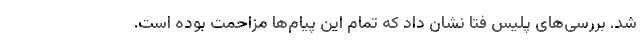
شد. بررسی‌های پلیس فتا نشان داد که تمام این پیام‌ها مزاحمت بوده است.